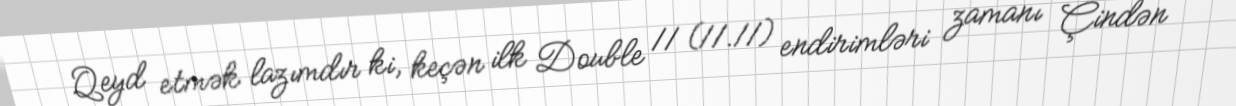
Qeyd etmək lazımdır ki, keçən ilk Double 11 (11.11) endirimləri zamanı Çindən